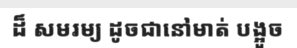
ដ៏ សមរម្យ ដូចជានៅមាត់ បង្អួច